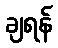
ချရန်